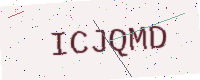
Text: ICJQMD